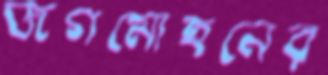
জগমোহনের